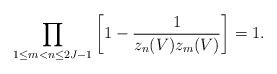
LaTeX: \begin{align*}\prod_{1\le m<n\le 2J-1}\left[1-\frac{1}{z_n(V)z_m(V)}\right]=1.\end{align*}